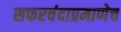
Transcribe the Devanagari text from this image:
सफरचंदाप्रमाणेच